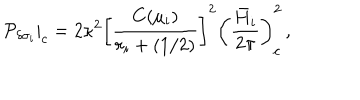
\left. { \cal P } _ { \delta \sigma _ { i } } \right| _ { c } = 2 \kappa ^ { 2 } \left[ { \frac { C ( \mu _ { i } ) } { r _ { i } + ( 1 / 2 ) } } \right] ^ { 2 } \left( { \frac { \bar { H } _ { i } } { 2 \pi } } \right) _ { c } ^ { 2 } \, ,